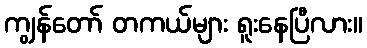
ကျွန်တော် တကယ်များ ရူးနေပြီလား။